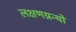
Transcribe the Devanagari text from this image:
लक्षणग्रन्थों